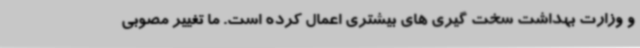
و وزارت بهداشت سخت گیری های بیشتری اعمال کرده است. ما تغییر مصوبی